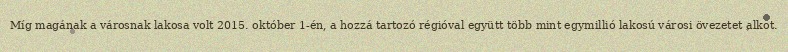
Míg magának a városnak lakosa volt 2015. október 1-én, a hozzá tartozó régióval együtt több mint egymillió lakosú városi övezetet alkot.